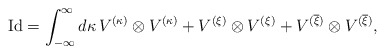
\begin{align*}\mathrm{Id}=\int_{-\infty}^{\infty}d\kappa\,V^{(\kappa)}\otimes V^{(\kappa)}+V^{(\xi)}\otimes V^{(\xi)}+V^{(\overline{\xi})}\otimes V^{(\overline{\xi})},\end{align*}